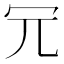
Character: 𠕶